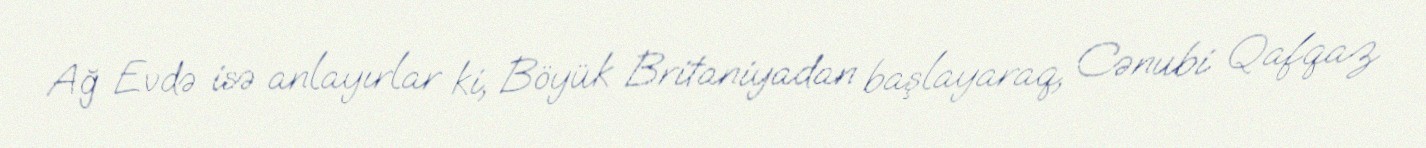
Ağ Evdə isə anlayırlar ki, Böyük Britaniyadan başlayaraq, Cənubi Qafqaz